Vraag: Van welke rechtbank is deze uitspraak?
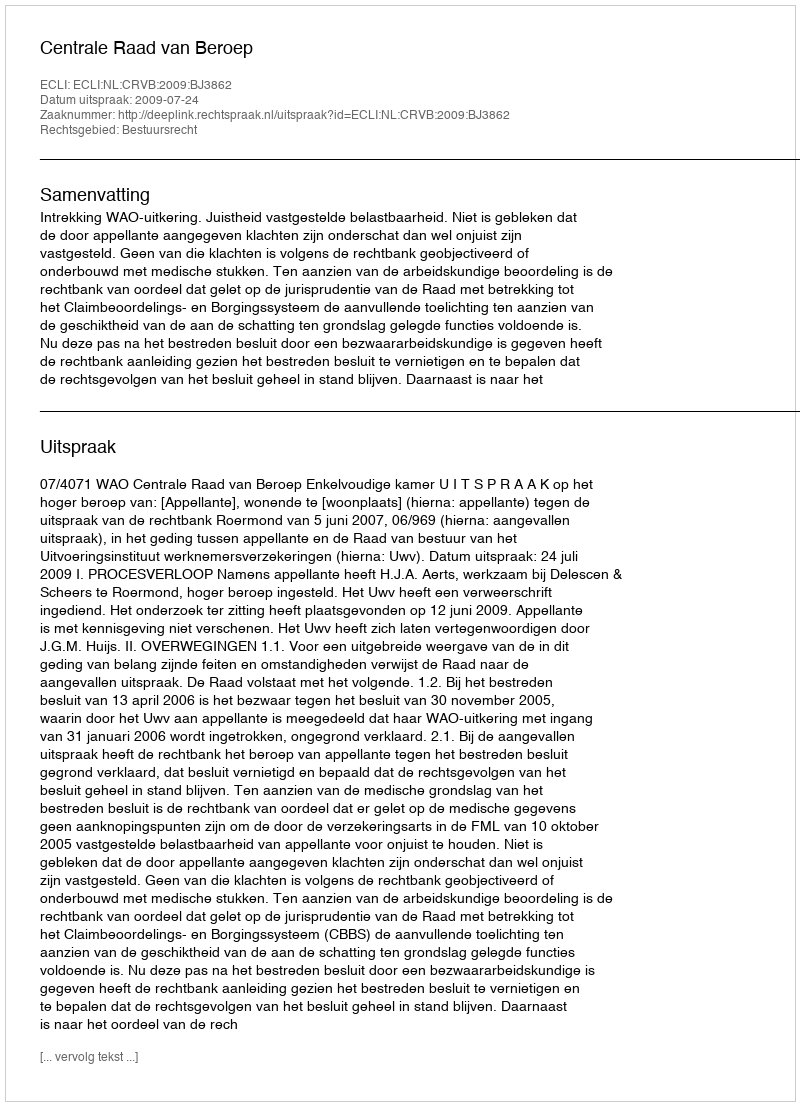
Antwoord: Centrale Raad van Beroep